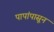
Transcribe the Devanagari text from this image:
पापांपासून